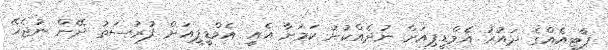
ޕާޓީއެއްގެ ދައުރު އެމްޑީޕިއަށް ނުދެއްކުނު ކަމަށާ އެއީ އެމްޑީޕީއަށް ފުރުސަތު ދޭން ނުޖެހޭ